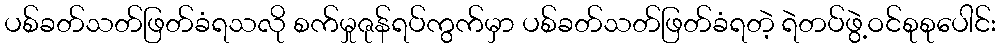
ပစ်ခတ်သတ်ဖြတ်ခံရသလို စက်မှုဇုန်ရပ်ကွက်မှာ ပစ်ခတ်သတ်ဖြတ်ခံရတဲ့ ရဲတပ်ဖွဲ့ဝင်စုစုပေါင်း